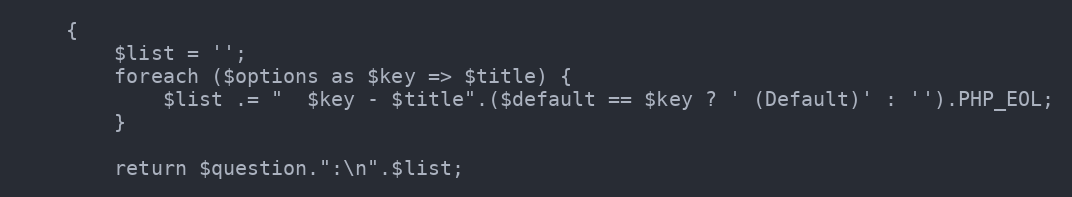
Language: PHP
    {
        $list = '';
        foreach ($options as $key => $title) {
            $list .= "  $key - $title".($default == $key ? ' (Default)' : '').PHP_EOL;
        }

        return $question.":\n".$list;